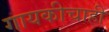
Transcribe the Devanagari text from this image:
गायकीचाही